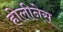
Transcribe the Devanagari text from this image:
होलीनेस